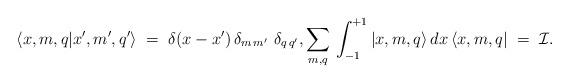
LaTeX: \begin{align*}\langle x,m,q | x', m',q' \rangle\; =\; \delta(x-x')\, \delta_{m\, m'}\,\, \delta_{q\,q'} ,\sum_{m,q }\, \int_{-1}^{+1} |x,m,q\rangle\, dx\, \langle x,m,q|\; =\; {\cal I}.\end{align*}